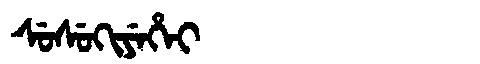
Manchu: ᠰᡠᠰᡠᡴᡳᠶᡝᡥᡝᡳ
Romanization: SUSUKIYEHEI